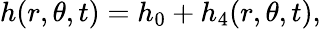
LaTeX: h(r,\theta,t)=h_{0}+h_{4}(r,\theta,t),